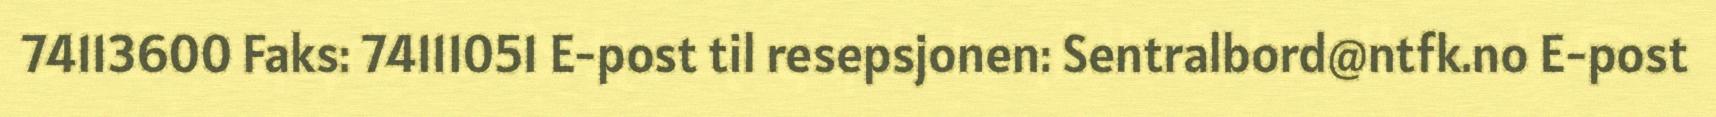
74113600 Faks: 74111051 E-post til resepsjonen: Sentralbord@ntfk.no E-post